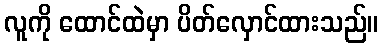
လူကို ထောင်ထဲမှာ ပိတ်လှောင်ထားသည်။